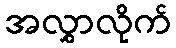
အလွှာလိုက်